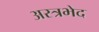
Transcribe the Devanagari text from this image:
अस्त्रभेद